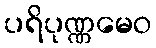
ပရိပုဏ္ဏမေဝ